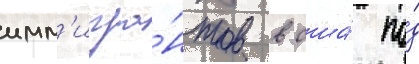
имм'игра́нтов в сша́ по́д